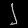
Digit: ၂